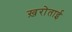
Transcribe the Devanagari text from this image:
ख़रोताई